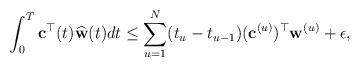
LaTeX: \begin{align*}{}\int_{0}^{T} {\bf c}^{\top}(t)\widehat{\bf w}(t)dt\leq\sum_{u=1}^{N} (t_{u}-t_{u-1})({\bf c}^{(u)})^{\top}{\bf w}^{(u)}+\epsilon ,\end{align*}